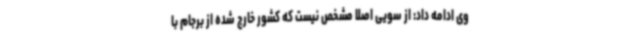
وی ادامه داد: از سویی اصلا مشخص نیست که کشور خارج شده از برجام با